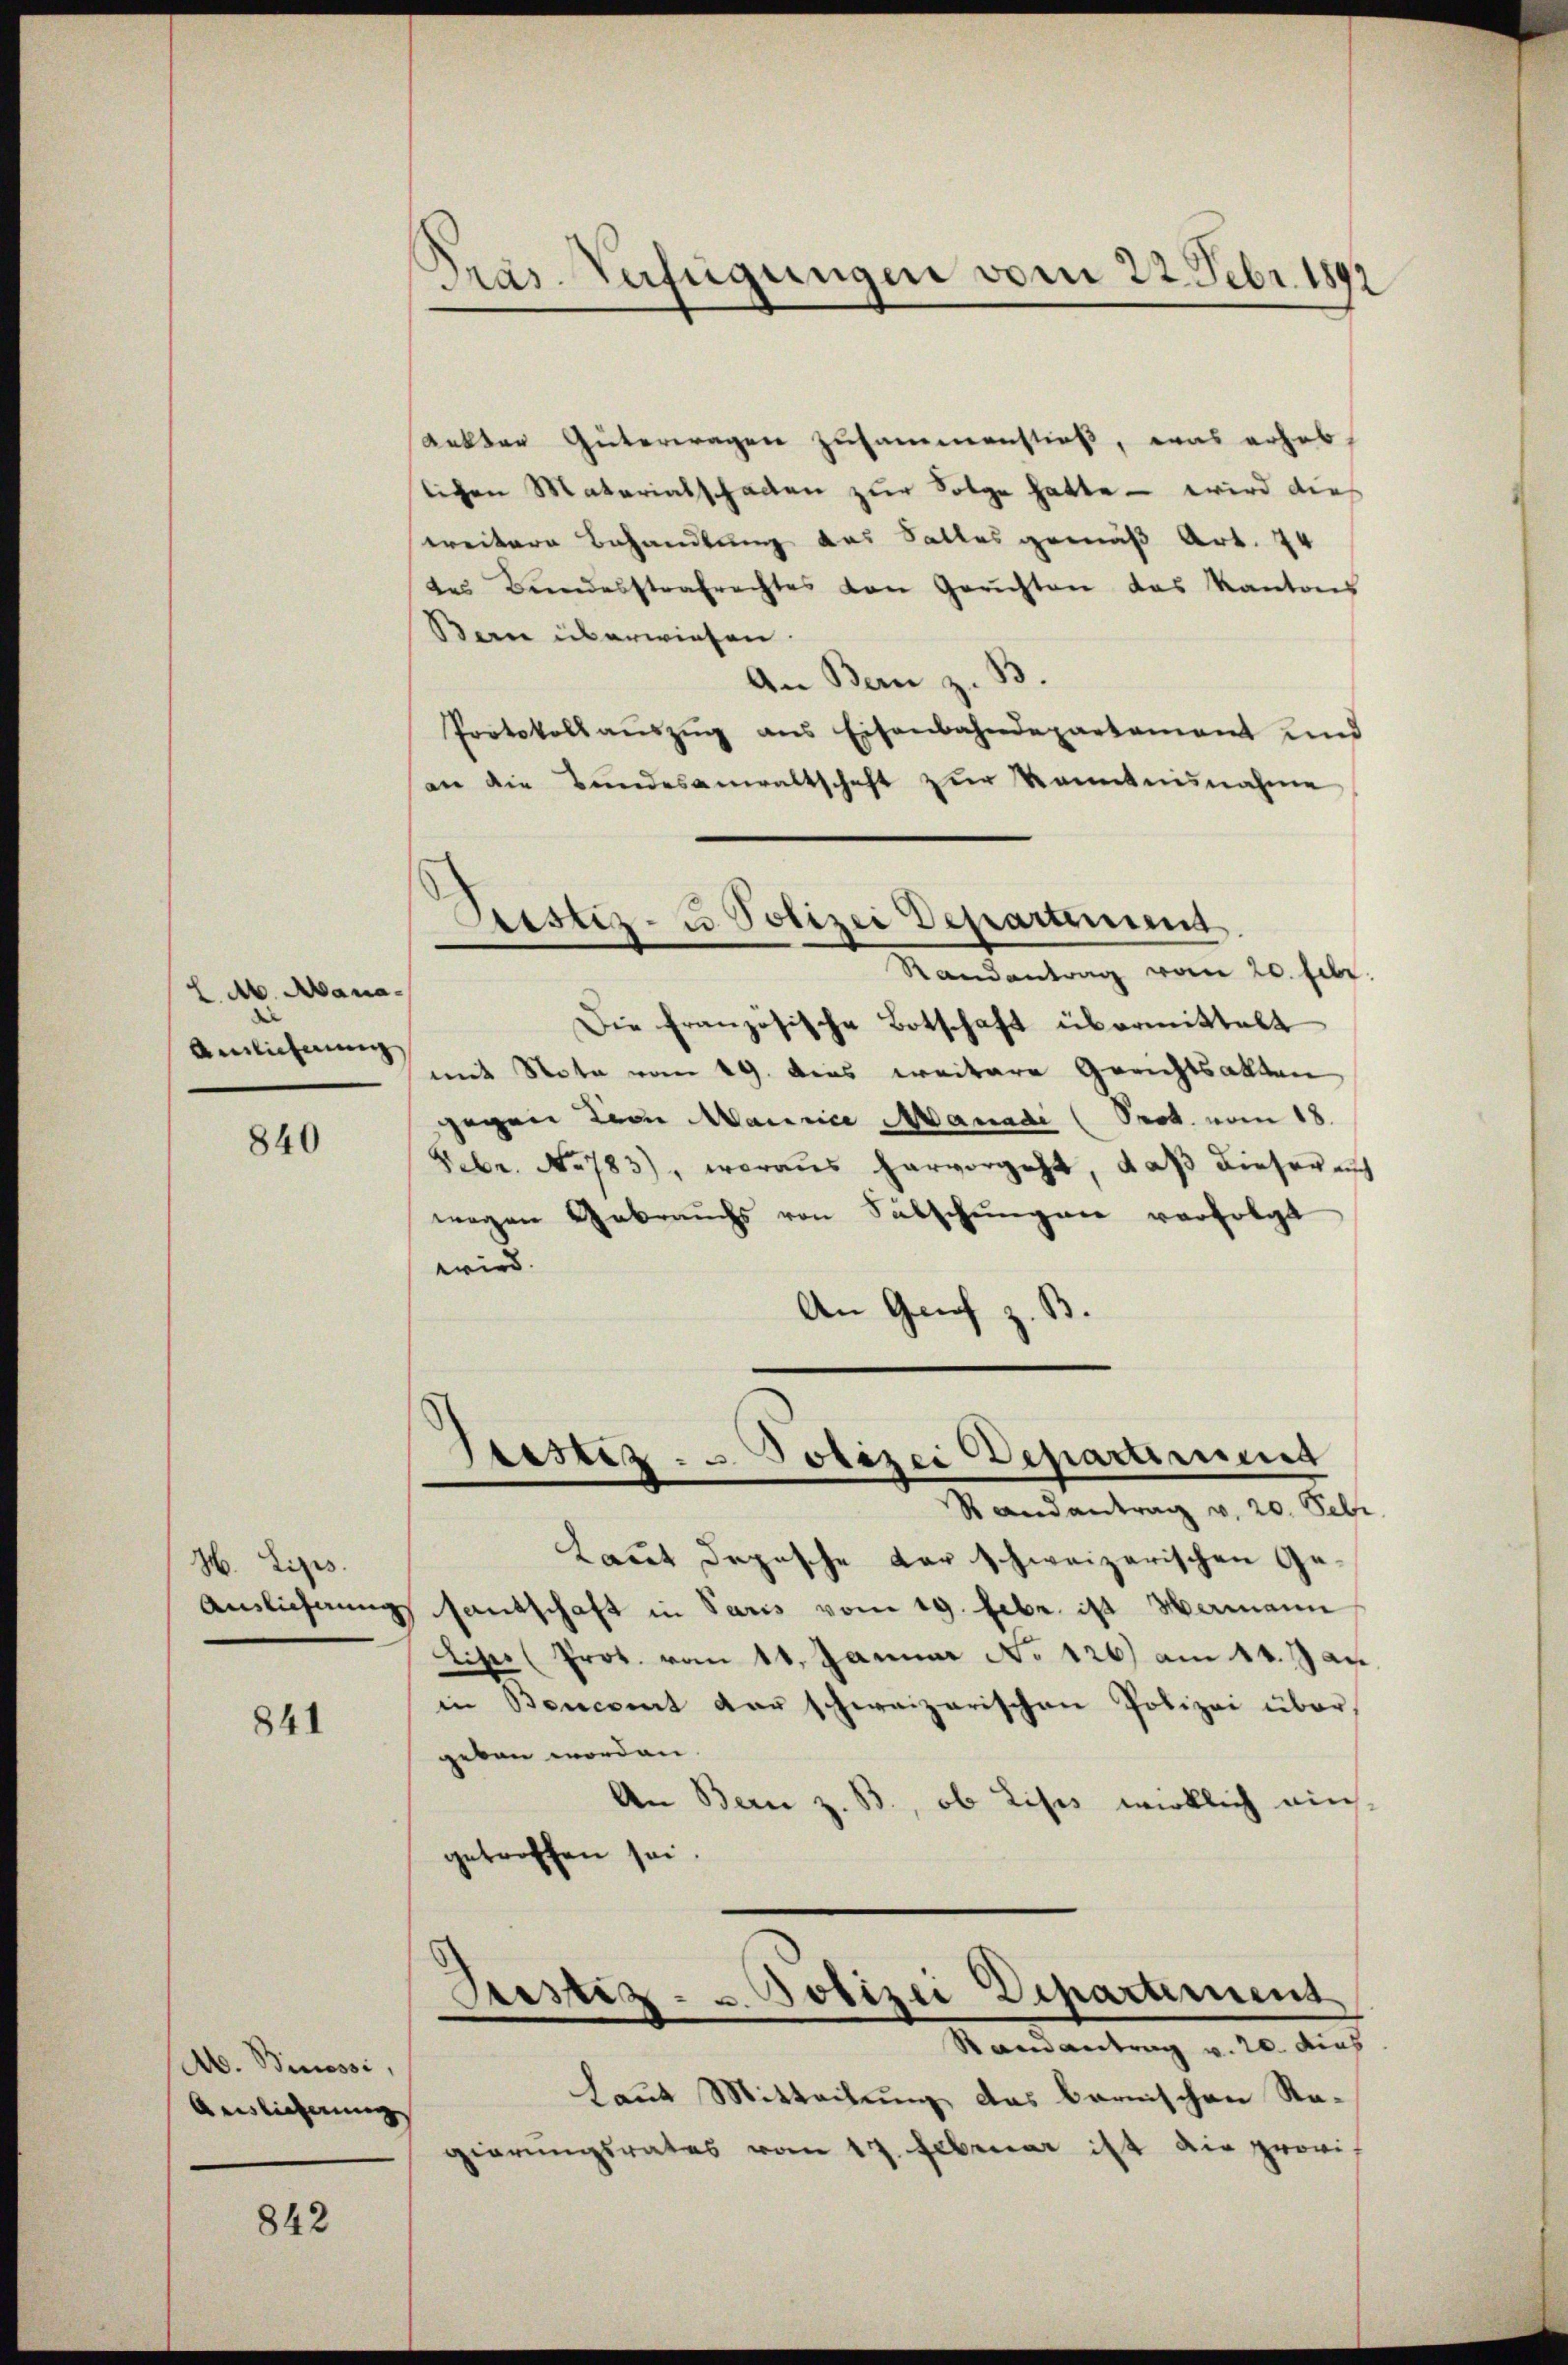
M. Mana-
Anlicherung

840

H. Lips.
Ainlichnung

841

A. Binossi
Auslieferung

842

Dräs. Verfügungen vom 22. Febr. 1892

Pristiz- u. Polizei Departement
Randantrag vom 20. Febr.

Rakter Güterwagen zusammenstieß, was erheblichen Materialschaden zur Folge hatte – wird dies
weitere Behandlung das Salles gemäß Art. 74
des Bundesstrafrechtes von Gerichten das Kantons
Ban überwiesen.
An Bern z. B.
Protokoll aŭszŭg ans Eisenbahndepartament und
an die Bundesanwaltschaft zŭr Kenntnisnahme
Die französische Botschaft übermittelt
mit Note vom 19. dies weitere Gerichtsakten
gegen von Maurice Manadi (Prot. vom 18.
Febr. No 783), woraus hervorgeht, daß dieser auch
wegen Gebrauchs von Subschŭngen verfolgt
wird.
An Graf z. B
Stestiz- u Polizei Departirung
Randantrag v. 20. Sebr
Laut Depesche der schweizerischen Gesantschaft in Paris vom 19. Febr. ist Hermann
Liper (Prot. vom 11. Januar No 126) am 14. Jan.
in Bencant der schweizerischen Polizei über,
geben worden.
An Bern z. B., ob Lises wirklich einsgetroffen sei.
Justiz- u. Polizei Departement
Randantrag v. 20. dies
Laut Mitteilung das bernischen Stagierungsrates vom 17. Februar ist die provi¬